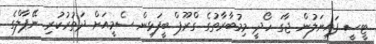
ޓީސީ ފައިނަލުން ޖާގަ ހޯދީ މިމުބާރާތުގެ ގްރޫޕް ބީފަޅިން ސެމީއަށް ދަތުރުކުރި ނޭޕާލްގެ